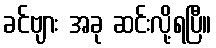
ခင်ဗျား အခု ဆင်းလို့ရပြီ။